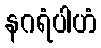
နဂရံပါဟံ